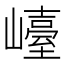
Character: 𡽩